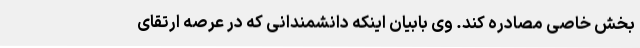
بخش خاصی مصادره کند. وی بابیان اینکه دانشمندانی که در عرصه ارتقای